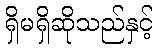
ရှိမရှိဆိုသည်နှင့်